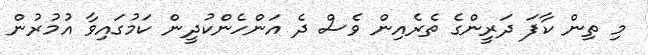
މި ތިން ކާފަ ދަރީންގެ ތެރެއިން ވެސް ދެ އަންހެންކުދީން ކަމުގައިވާ އުމުރުން